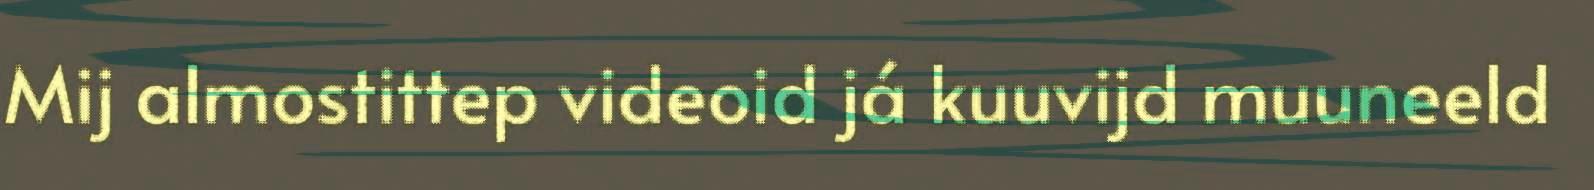
Mij almostittep videoid já kuuvijd muuneeld